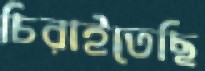
চিরাইতেছি